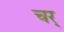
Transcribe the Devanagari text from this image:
चर्